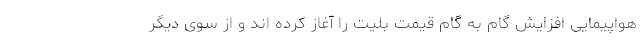
هواپیمایی افزایش گام به گام قیمت بلیت را آغاز کرده اند و از سوی دیگر